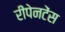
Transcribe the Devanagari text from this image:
रीपेनटेंस